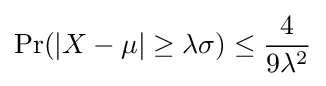
{\text{Pr}}(\left|X-\mu \right|\geq \lambda \sigma )\leq {\frac {4}{9\lambda ^{2}}}